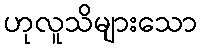
ဟုလူသိများသော